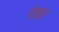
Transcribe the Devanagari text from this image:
गेझा